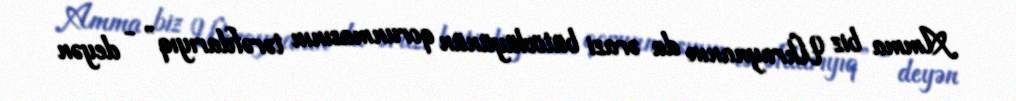
Amma biz Ukraynanın da ərazi bütövlüyünün qorunmasının tərəfdarıyıq” - deyən